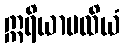
ဣရိယာပထိယံ